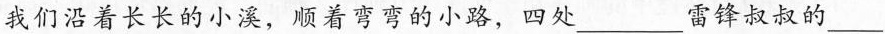
我们沿着长长的小溪，顺着弯弯的小路，四处___雷锋叔叔的___